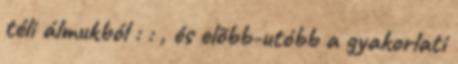
téli álmukból : : , és elõbb-utóbb a gyakorlati